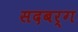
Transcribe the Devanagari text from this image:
सदबर्ग